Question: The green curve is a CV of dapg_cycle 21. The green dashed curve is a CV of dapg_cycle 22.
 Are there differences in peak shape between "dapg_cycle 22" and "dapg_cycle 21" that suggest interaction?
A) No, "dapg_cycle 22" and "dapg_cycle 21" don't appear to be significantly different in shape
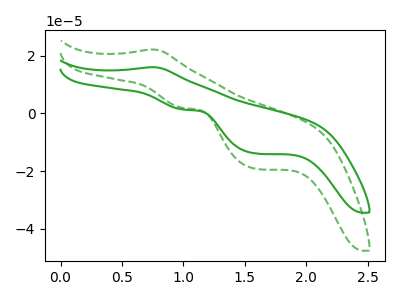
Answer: <think>The green curve "dapg_cycle 21" has an anodic peak at (0.75V, 16.05uA) and cathodic peaks at (1.00V, 1.35uA) (1.60V, -13.90uA). The green dashed curve "dapg_cycle 22" has an anodic peak at (0.75V, 22.20uA) and cathodic peaks at (1.00V, 1.85uA) (1.60V, -19.20uA).
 All the peaks in "dapg_cycle 22" have a peak in "dapg_cycle 21" at the same potential.</think>
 <answer>A) No, "dapg_cycle 22" and "dapg_cycle 21" don't appear to be significantly different in shape</answer>
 <eval>A</eval>